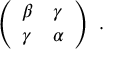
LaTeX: \left( \begin{array} { l l } { { \beta } } & { { \gamma } } \\ { { \gamma } } & { { \alpha } } \end{array} \right) \ .